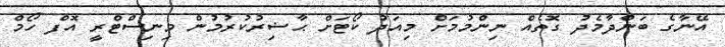
އޭނާގެ ބަންދާމެދު ގޮތެއް ނިންމުމަށް މިއަދު ކޯޓަށް ޙާޟިރުކުރުމުން މިނިސްޓްރީ އޮފް ހޯމް